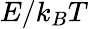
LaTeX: E/k_{B}T